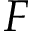
F